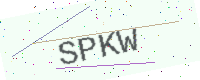
Text: SPKW